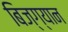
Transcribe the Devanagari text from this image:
बिज्ग्यान